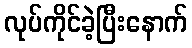
လုပ်ကိုင်ခဲ့ပြီးနောက်